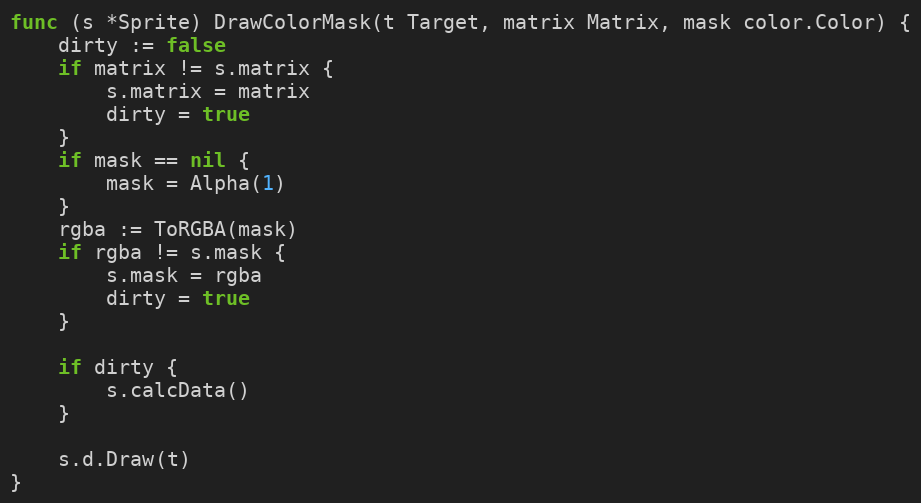
Language: Go
func (s *Sprite) DrawColorMask(t Target, matrix Matrix, mask color.Color) {
	dirty := false
	if matrix != s.matrix {
		s.matrix = matrix
		dirty = true
	}
	if mask == nil {
		mask = Alpha(1)
	}
	rgba := ToRGBA(mask)
	if rgba != s.mask {
		s.mask = rgba
		dirty = true
	}

	if dirty {
		s.calcData()
	}

	s.d.Draw(t)
}